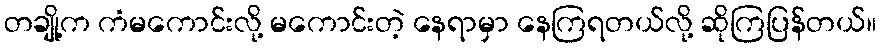
တချို့က ကံမကောင်းလို့ မကောင်းတဲ့ နေရာမှာ နေကြရတယ်လို့ ဆိုကြပြန်တယ်။